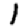
Digit: 1